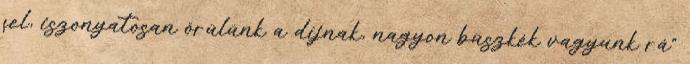
fel, iszonyatosan örülünk a díjnak, nagyon büszkék vagyunk rá"